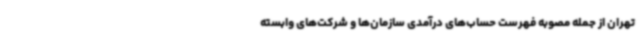
تهران از جمله مصوبه فهرست حساب‌های درآمدی سازمان‌ها و شرکت‌های وابسته